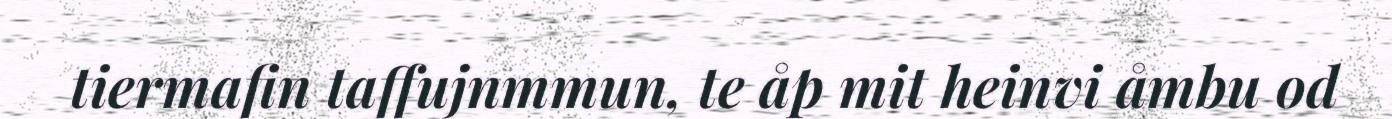
tiermafin taffujnmmun, te åp mit heinvi åmbu od